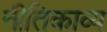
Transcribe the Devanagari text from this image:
नीतिकाव्य